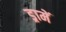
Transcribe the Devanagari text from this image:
ड्रामें